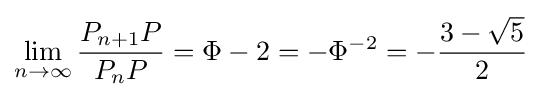
\lim _{n\to \infty }{\frac {P_{n+1}P}{P_{n}P}}=\Phi -2=-\Phi ^{-2}=-{\frac {3-{\sqrt {5}}}{2}}